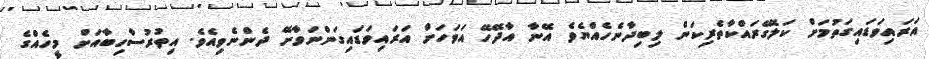
އަރައިވަޑައިގަތުމަށް ކަލޭގެރައްކާތެރިކަން ލިބިދާނެހެއްޔެވެ އޭނާ އާދޭހޭ އަވަހަށް އަރައިވަޑައިގަންނަވާށޭ ދެންނެވިއެވެ. އިތުރުސާހިބާއަށް މީހެއްގެ